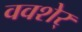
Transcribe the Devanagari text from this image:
ववशेर्